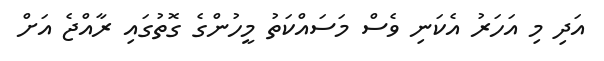
އަދި މި އަހަރު އެކަނި ވެސް މަސައްކަތު މީހުންގެ ގޮތުގައި ރާއްޖެ އަށް